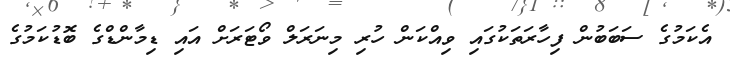
އެކަމުގެ ސަބަބުން ފިހާރަތަކުގައި ވިއްކަން ހުރި މިނަރަލް ވޯޓަރަށް އައި ޑިމާންޑްގެ ބޮޑުކަމުގެ